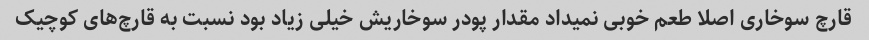
قارچ سوخاری اصلا طعم خوبی نمیداد مقدار پودر سوخاریش خیلی زیاد بود نسبت به قارچ‌های کوچیک